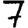
Digit: 7